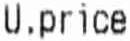
U.PRICE